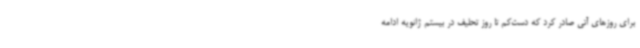
برای روزهای آتی صادر کرد که دست‌کم تا روز تحلیف در بیستم ژانویه ادامه